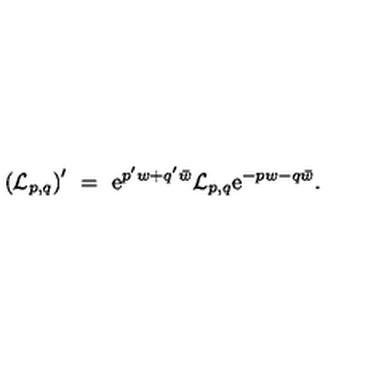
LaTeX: \left( { \cal L } _ { p , q } \right) ^ { \prime } \ = \ \mathrm { e } ^ { p ^ { \prime } w + q ^ { \prime } \bar { w } } { \cal L } _ { p , q } \mathrm { e } ^ { - p w - q \bar { w } } .